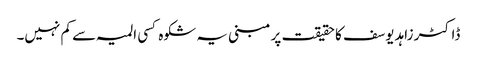
ڈاکٹر زاہد یوسف کا حقیقت پر مبنی یہ شکوہ کسی المیہ سے کم نہیں۔